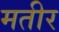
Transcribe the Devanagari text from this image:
मतीर